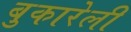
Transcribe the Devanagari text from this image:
बुकारेली